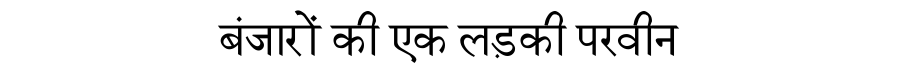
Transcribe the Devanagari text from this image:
बंजारों की एक लड़की परवीन